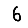
Digit: 6